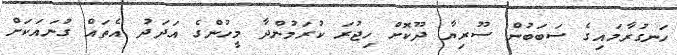
ހަނގުރާމައިގެ ސަބަބުން ސޫރިޔާ ދޫކޮށް ހިޖުރަ ކުރަމުންދާ މީހުންގެ އަދަދު އެތައް ގުނައަކަށް